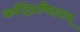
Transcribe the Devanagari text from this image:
कर्बद्विप्राणिदवायू